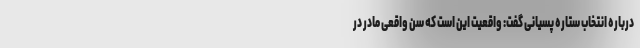
درباره انتخاب ستاره پسیانی گفت: واقعیت این است که سن واقعی مادر در